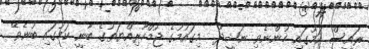
ރައީސް ކަމުގައި ހުންނެވި ނަޝީދު  މިގައުމުގެ ޖުމްހޫރިއްޔަތުގެ ބާނީ ކަމުގައި ބުނެވޭ